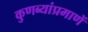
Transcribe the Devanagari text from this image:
कुणब्यांप्रमाणें